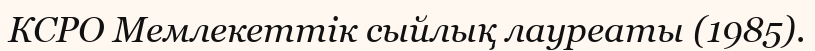
КСРО Мемлекеттік сыйлық лауреаты (1985).